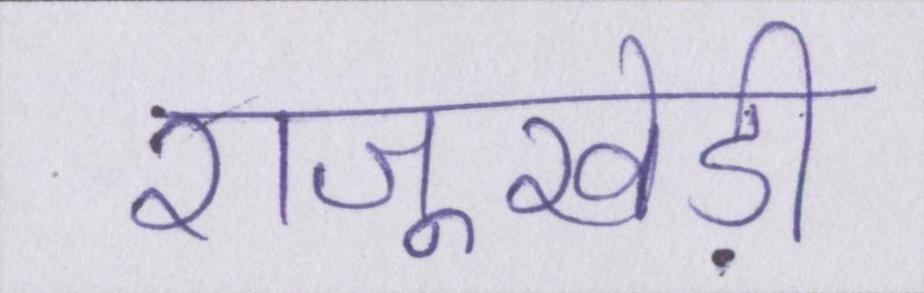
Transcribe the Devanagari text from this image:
राजूखेड़ी